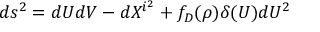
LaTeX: d s ^ { 2 } = d U d V - d X ^ { i ^ { 2 } } + f _ { D } ( \rho ) \delta ( U ) d U ^ { 2 }